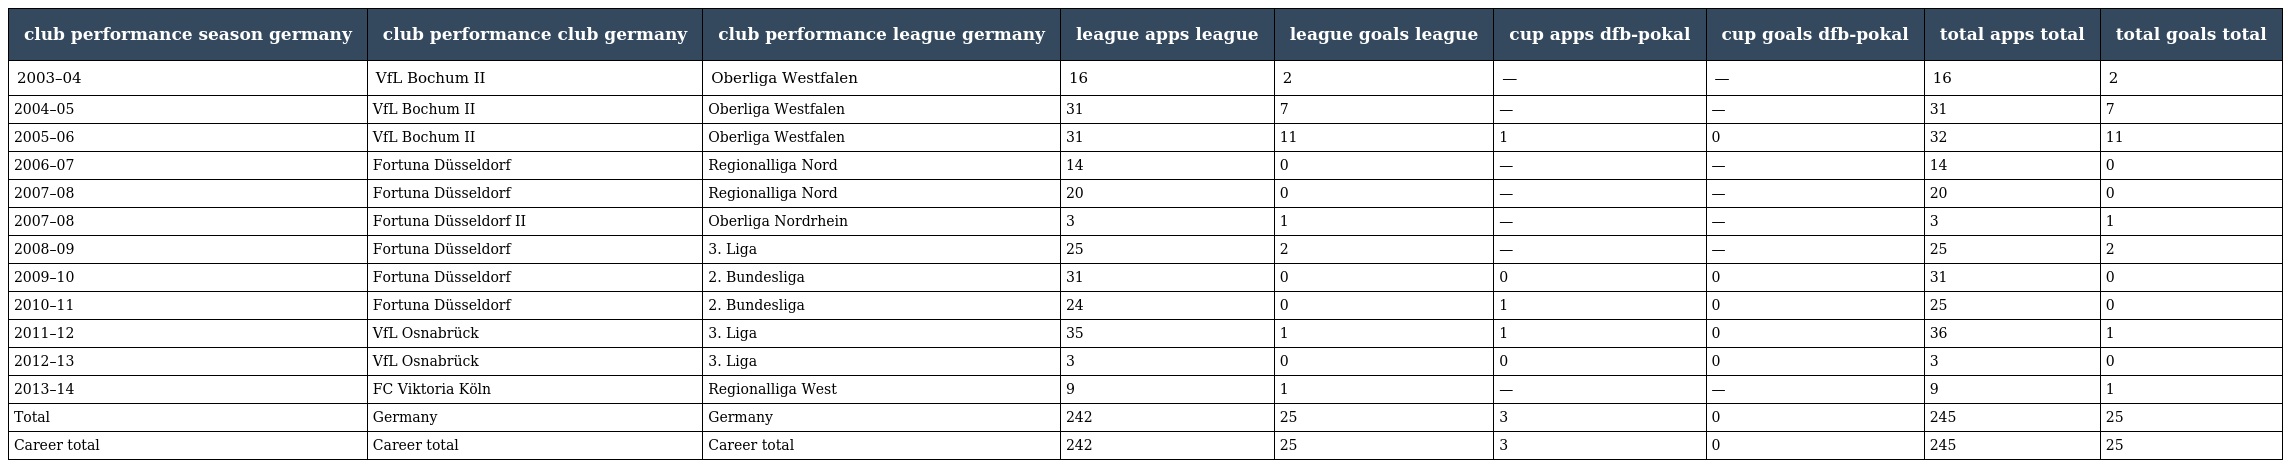
| club performance season germany | club performance club germany | club performance league germany | league apps league | league goals league | cup apps dfb-pokal | cup goals dfb-pokal | total apps total | total goals total |
 | --- | --- | --- | --- | --- | --- | --- | --- | --- |
 | 2003–04 | VfL Bochum II | Oberliga Westfalen | 16 | 2 | — | — | 16 | 2 |
 | 2004–05 | VfL Bochum II | Oberliga Westfalen | 31 | 7 | — | — | 31 | 7 |
 | 2005–06 | VfL Bochum II | Oberliga Westfalen | 31 | 11 | 1 | 0 | 32 | 11 |
 | 2006–07 | Fortuna Düsseldorf | Regionalliga Nord | 14 | 0 | — | — | 14 | 0 |
 | 2007–08 | Fortuna Düsseldorf | Regionalliga Nord | 20 | 0 | — | — | 20 | 0 |
 | 2007–08 | Fortuna Düsseldorf II | Oberliga Nordrhein | 3 | 1 | — | — | 3 | 1 |
 | 2008–09 | Fortuna Düsseldorf | 3. Liga | 25 | 2 | — | — | 25 | 2 |
 | 2009–10 | Fortuna Düsseldorf | 2. Bundesliga | 31 | 0 | 0 | 0 | 31 | 0 |
 | 2010–11 | Fortuna Düsseldorf | 2. Bundesliga | 24 | 0 | 1 | 0 | 25 | 0 |
 | 2011–12 | VfL Osnabrück | 3. Liga | 35 | 1 | 1 | 0 | 36 | 1 |
 | 2012–13 | VfL Osnabrück | 3. Liga | 3 | 0 | 0 | 0 | 3 | 0 |
 | 2013–14 | FC Viktoria Köln | Regionalliga West | 9 | 1 | — | — | 9 | 1 |
 | Total | Germany | Germany | 242 | 25 | 3 | 0 | 245 | 25 |
 | Career total | Career total | Career total | 242 | 25 | 3 | 0 | 245 | 25 |